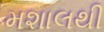
મશાલથી